Medical and sanitary report on the native army of Bombay for the year
Year: 1878
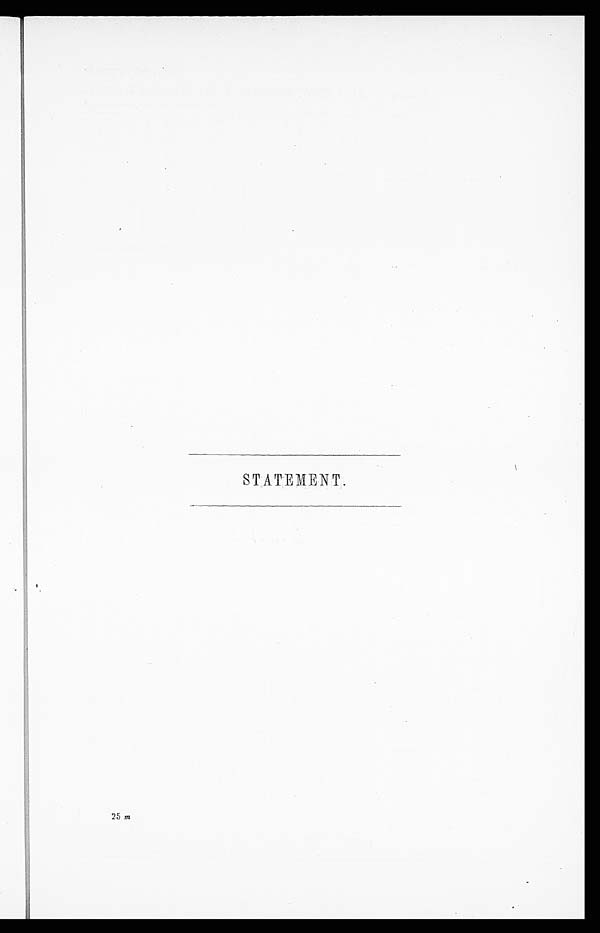
STATEMENT .
25 m